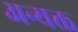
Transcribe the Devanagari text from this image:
अन्यक्त